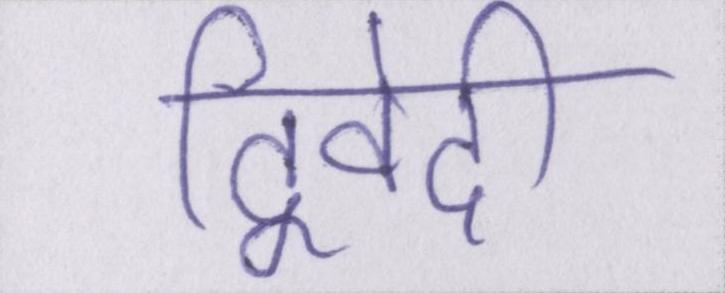
द्विवेदी